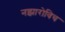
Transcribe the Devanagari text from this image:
नझारोविच